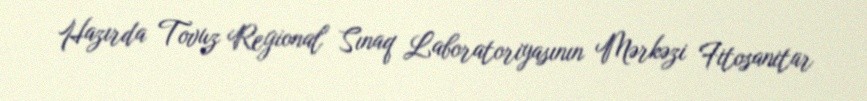
Hazırda Tovuz Regional Sınaq Laboratoriyasının Mərkəzi Fitosanitar